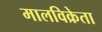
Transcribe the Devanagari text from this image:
मालविक्रेता